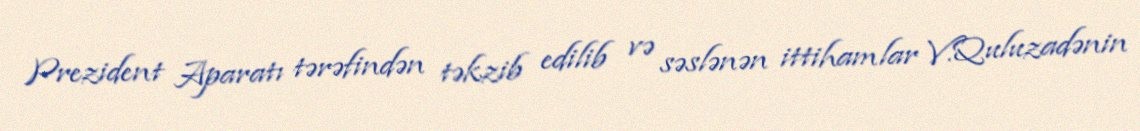
Prezident Aparatı tərəfindən təkzib edilib və səslənən ittihamlar V.Quluzadənin